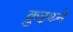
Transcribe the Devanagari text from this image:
क्रुइथ्ने